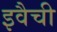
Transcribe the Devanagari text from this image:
इवैची